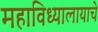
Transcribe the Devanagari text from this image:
महाविध्यालायाचे